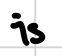
Text: is
Cross-out: clean
Writing tool: digital_black